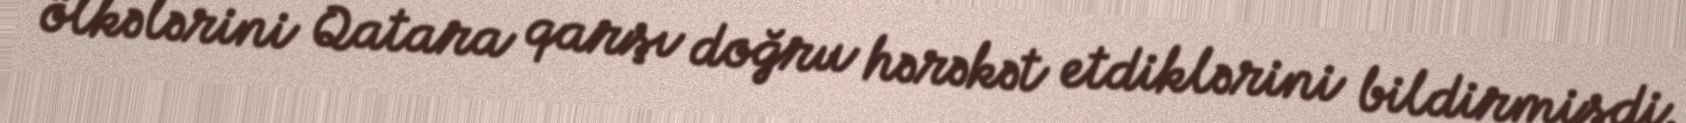
ölkələrini Qatara qarşı doğru hərəkət etdiklərini bildirmişdi.